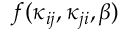
f ( \kappa _ { i j } , \kappa _ { j i } , \beta )